Report on vaccination North-West Frontier Province 1904-1922 - 1904-1922
Year: 1904
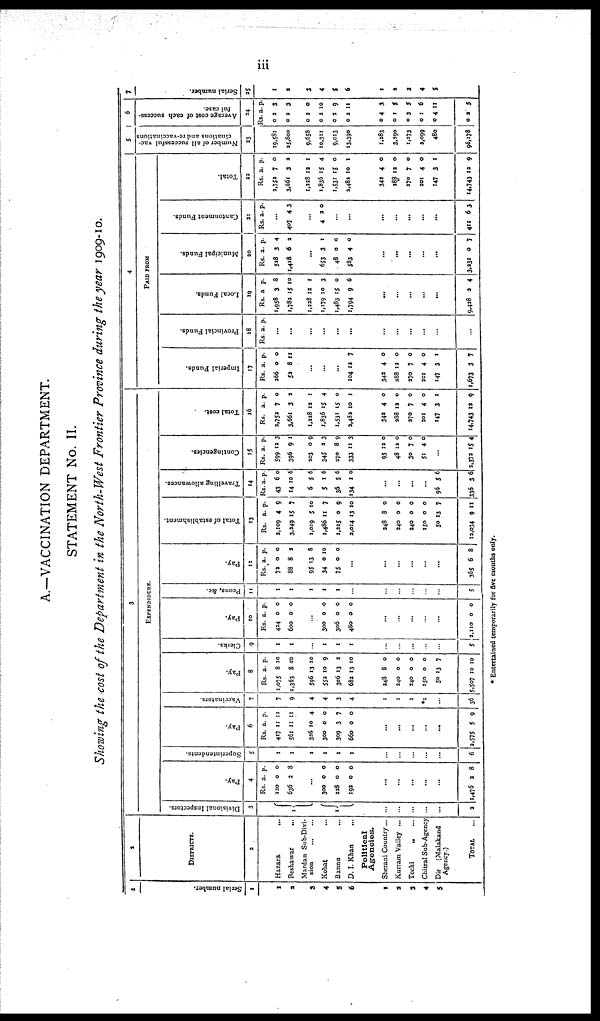
iii
A.—VACCINATION DEPARTMENT.
STATEMENT No. II.
Showing the cost of the Department in the North-West Frontier Province during the year 1909-10.
1
Serial number.
1
1
2
3
4
5
6
1
2
3
4
5
2
DISTRICTS.
2
Hazara
...
Peshawar
...
Mardan Sub-Divi-
sion
... ...
Kohat ...
Bannu ...
D. I. Khan ...
Political
Agencies.
Sherani Country...
Kurram Valley ...
Tochi
„ ...
Chitral Sub-Agency
Dir
(Malakand
Agency.)
TOTAL ...
3
EXPENDIDURE.
Divisional Inspectors.
3
1
1
...
...
...
...
...
2
Pay.
4
Rs.
120
636
a.
0
2
p.
0
8
...
300
228
192
0
0
0
0
0
0
...
...
...
...
...
1,476 2 8
Superintendents.
5
1
1
1
1
1
1
...
...
...
...
...
6
Pay.
6
Rs.
417
561
326
300
309
660
a.
11
11
10
0
3
0
p.
11
11
4
0
7
0
...
...
...
...
...
2,575 5 9
Vaccinators.
7
7
9
4
4
3
4
1
1
1
*2
...
36
Pay.
8
Rs.
1,075
1,363
596
552
306
682
a.
8
8
13
10
13
13
p.
10
10
10
9
2
10
248
240
240
150
50
5,507
8
0
0
0
13
10
0
0
0
0
7
10
Clerks.
9
1
1
1
1
1
1
...
...
...
...
...
5
Pay.
10
Rs.
424
600
a.
0
0
p.
0
0
...
300
306
480
0
0
0
0
0
0
...
...
...
...
...
2,110 0 0
Peons, &c.
11
1
1
1
1
1
...
...
...
...
...
...
5
Pay.
12
Rs.
72
88
95
34
75
a.
0
8
13
0
0
p.
0
2
8
10
0
...
...
...
...
...
...
365 6 8
Total of establishment.
13
Rs.
2,109
3,249
1,019
1,486
1,225
2,014
a.
4
15
5
11
0
13
p.
9
7
10
7
9
10
248
240
340
150
50
12,034
8
0
0
0
13
9
0
0
0
0
7
11
Travelling allowances.
14
Rs
43
14
6
5
36
134
a.
6
10
5
1
5
1
p.
0
6
6
6
6
0
...
...
...
...
96
336
5
3
6
6
Contingencies.
15
Rs.
599
396
203
345
270
333
a.
12
9
0
2
8
11
p.
3
1
9
3
9
3
93
48
30
51
12
13
7
4
0
0
0
0
...
2,372 15 4
Total cost.
16
Rs.
2,752
3,661
1,228
1,836
1,531
2,482
a.
7
3
13
15
15
10
p.
0
2
1
4
0
1
342
388
270
201
147
14,743
4
12
7
4
3
12
0
0
0
0
1
9
4
PAID FROM
Imperial Funds.
17
Rs
266
52
a.
0
8
p.
0
11
...
...
...
104 12 7
342
288
270
201
147
1,673
4
12
7
4
3
3
0
0
0
0
1
7
Provincial Funds.
18
Rs. a. p.
...
...
...
...
...
...
...
...
...
...
...
...
Local Funds.
19
Rs.
1,958
1,783
1,238
1,179
1,483
1,794
a.
3
15
12
10
15
9
p.
8
10
1
3
0
6
...
...
...
...
...
9,428 2 4
Municipal Funds.
20
Rs.
528
1,418
a.
3
6
p.
4
2
...
653
48
583
3
0
4
1
0
0
...
...
...
...
...
3,231 0 7
Cantonment Funds.
21
Rs. a. p.
...
407 4 3
...
4 2 0
...
...
...
...
...
...
...
411 6 3
Total.
22
Rs.
2,752
3,661
1,228
1,836
1,531
3,482
a.
7
3
13
15
15
10
p.
0
32
1
4
0
1
342
288
270
201
147
14,743
4
12
7
4
3
13
0
0
0
0
1
9
5
Number of all successful vac-
cinations and re-vaccinations
23
19,581
25,800
9,658
10,311
9,013
13,390
1,283
3,290
1,273
2,099
480
96,178
6
Average cost of each success-
ful case.
24
Rs
0
0
0
0
0
0
. a
2
2
2
3
2
2
p.
3
3
0
10
9
11
0
0
0
0
0
0
4
2
3
1
4
2
3
5
5
6
11
5
7
Serial number.
25
1
1
3
4
5
6
1
2
3
4
5
* Entertained temporarily for five months only.